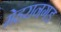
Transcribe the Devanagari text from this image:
मेहरानगड